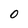
Character: O